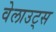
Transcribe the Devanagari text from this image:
वेलाउट्स